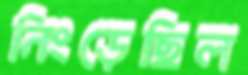
নিংড়েছিল